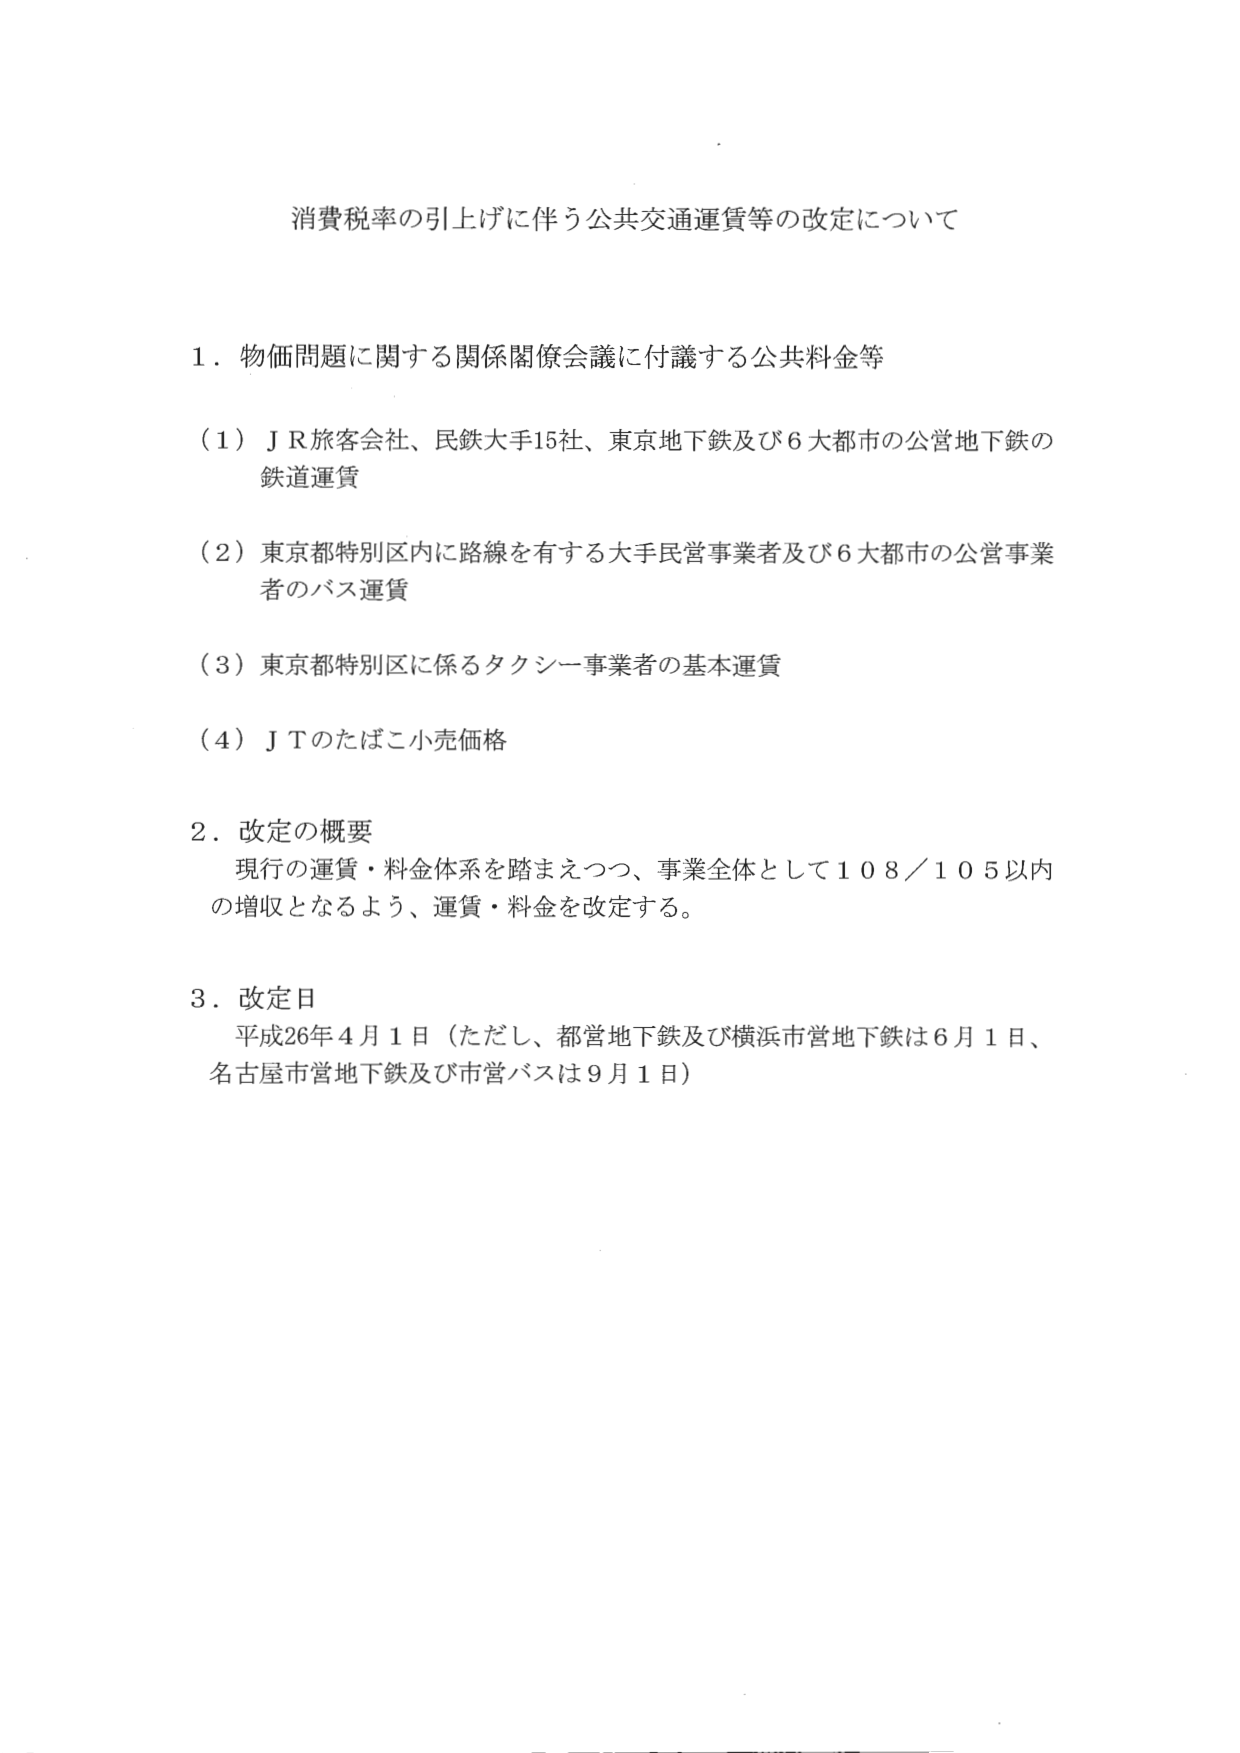
消費税率の引上げに伴う公共交通運賃等の改定について

１．物価問題に関する関係閣僚会議に付議する公共料金等

（１）ＪＲ旅客会社、民鉄大手15社、東京地下鉄及び６大都市の公営地下鉄の鉄道運賃

（２）東京都特別区内に路線を有する大手民営事業者及び６大都市の公営事業者のバス運賃

（３）東京都特別区に係るタクシー事業者の基本運賃

（４）ＪＴのたばこ小売価格

２．改定の概要
　現行の運賃・料金体系を踏まえつつ、事業全体として108／105以内の増収となるよう、運賃・料金を改定する。

３．改定日
　平成26年４月１日（ただし、都営地下鉄及び横浜市営地下鉄は６月１日、名古屋市営地下鉄及び市営バスは９月１日）